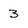
Character: 3